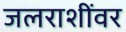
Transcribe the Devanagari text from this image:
जलराशींवर